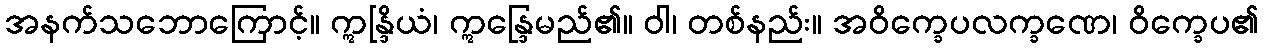
အနက်သဘောကြောင့်။ ဣန္ဒြိယံ၊ ဣန္ဒြေမည်၏။ ဝါ၊ တစ်နည်း။ အဝိက္ခေပလက္ခဏေ၊ ဝိက္ခေပ၏